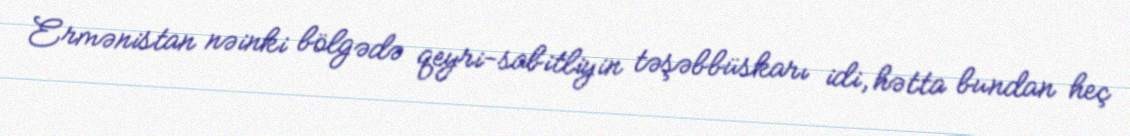
Ermənistan nəinki bölgədə qeyri-sabitliyin təşəbbüskarı idi, hətta bundan heç